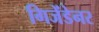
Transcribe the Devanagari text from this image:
गिजेंडेनर